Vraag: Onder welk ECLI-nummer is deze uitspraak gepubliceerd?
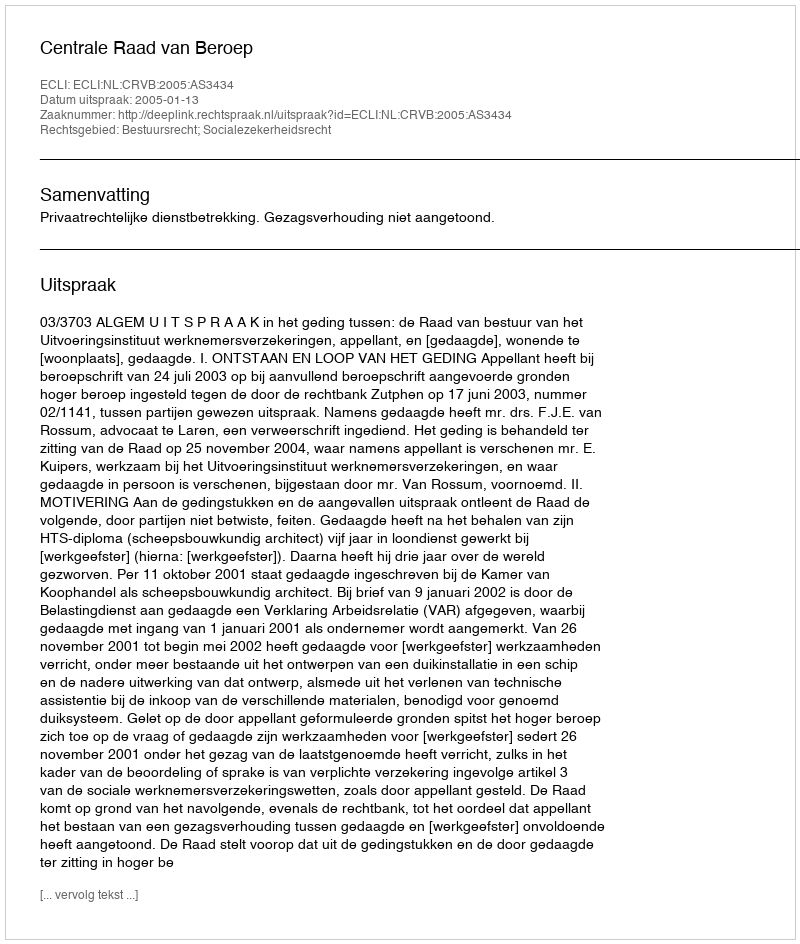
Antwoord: ECLI:NL:CRVB:2005:AS3434